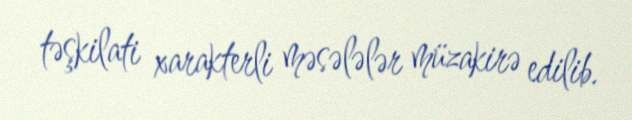
təşkilati xarakterli məsələlər müzakirə edilib.